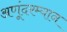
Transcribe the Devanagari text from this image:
अणूंदरम्यान